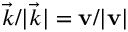
\vec { k } / | \vec { k } | = \mathbf { v } / | \mathbf { v } |